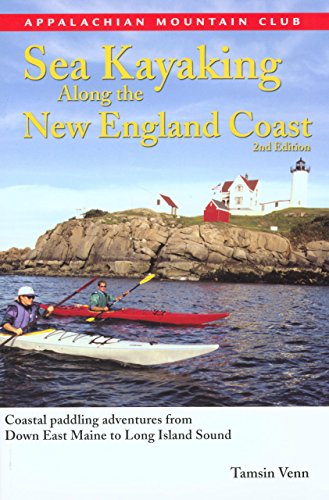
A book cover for Sea Kayaking along the New England Coast, 2nd; Tamsin Venn; Sports & Outdoors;